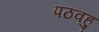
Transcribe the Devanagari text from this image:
पठवहु